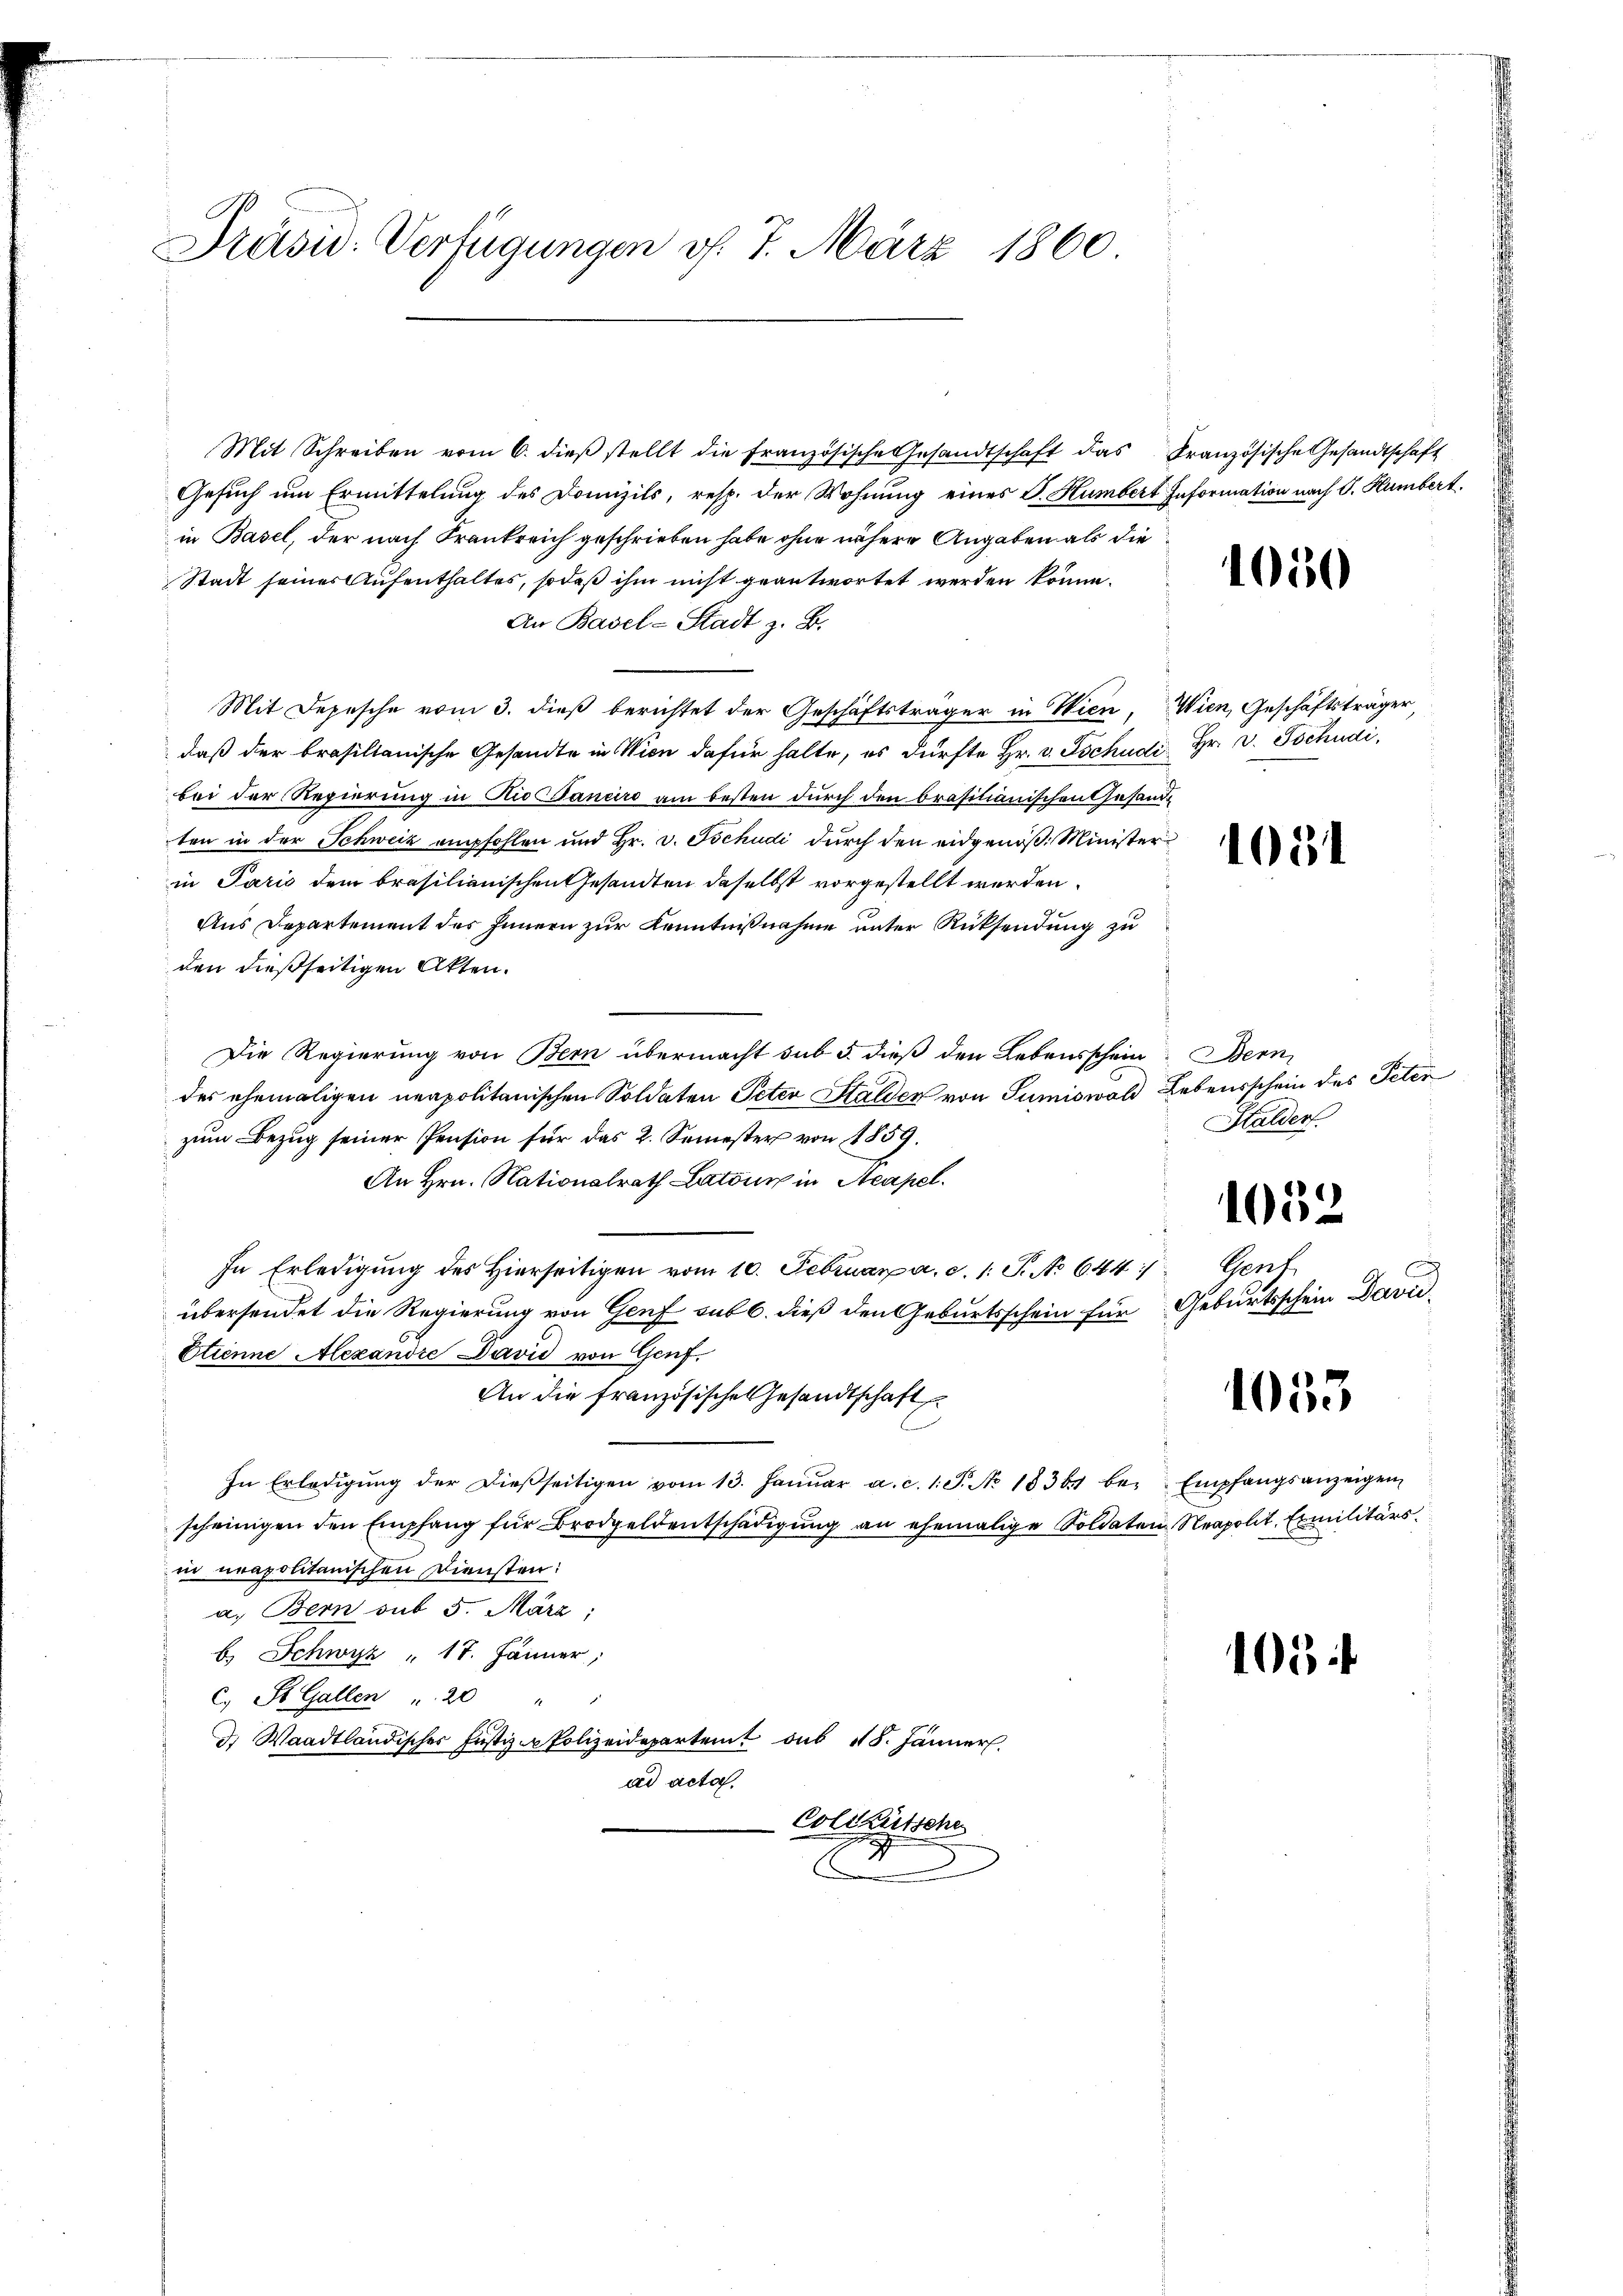
Präsid. Verfügungen v. 7. März 1860

Mit Schreiben vom 6. dieβ stellt die französische Gesandtschaft das Französische Gesandtschaft
Gesuch um Ermittelung des Domizils, resp. der Wohnung eines J. Humbert Information nach S. Humbert
in Basel, der nach Frankreich geschrieben habe ohne nähere Angaben als die
Stadt seines Aufenthaltes, sodaß ihm nicht geantwortet werden könne.
An Basel-Stadt z. B.
Mit Depesche vom 3. dieß berichtet der Geschäftsträger in Wien, Wien, Geschäftsträger,
daß der brasilianische Gesandte in Wien dafür halte, es dürfte Hr. v. Tschudi Hr. v. Tschudi,
bei der Regierung in Rio Baneiro am besten durch den brasilianischen Gesandten in der Schweiz empfohlen und Hr. v. Tschudi durch den eidgenöß: Minister
in Paris dem brasilienischen Gesandten daselbst vorgestellt werden.
Aus Departement des Innern zur Kenntnißnahme unter Rücksendung zu
den dießseitigen Akten.
Die Regierung von Bern übermacht sub 5. dieß den Lebensschein Bern,
des ehemaligen neapolitanischen Soldaten Peter Stalden von Sumiowold Lebensschein des Peter
zum Bezug seiner Pension für das 2. Semester von 1859.
An Hrn. Nationalrath Latons in Neapel.
In Erledigŭng des hierseitigen vom 10. Februar a. c. 1. P. No 644/
übersendet die Regierung von Genf sub b. dieß den Geburtsschein für Geburtsschein David¬
Etienne Alexandre David von Genf
An die französische Gesandtschaft
In Erledigŭng der dieβseitigen vom 13. Janŭar a. c. 1. P. No. 1836 bei Empfangsanzeigen
scheinigen den Empfang für Brodgeldentschädigung an ehemalige Soldaten Neapolit. Emilitärs.
in neapolitanischen Diensten:
a. Bern sub 5. März
b. Schwyz " 17. Jänner,
C. St. Gallen " 20
d. Waadtländischer Justiz - Polizeidepartent sub 18. Jänner
ad acta.
Coldkutsche

1050

1051

Halder.

1032

Gent

1055

1054